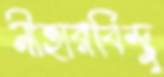
নীহারবিন্দু